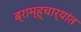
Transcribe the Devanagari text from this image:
ब्राम्ह्चार्यांत